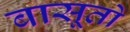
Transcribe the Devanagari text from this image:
बासूतो